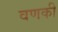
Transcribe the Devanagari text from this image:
वणकी